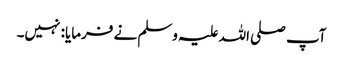
آپ صلی اللہ علیہ وسلم نے فرمایا: نہیں۔